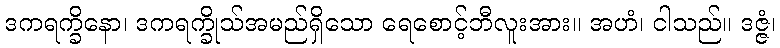
ဒကရက္ခိနော၊ ဒကရက္ခိုသ်အမည်ရှိသော ရေစောင့်ဘီလူးအား။ အဟံ၊ ငါသည်။ ဒဇ္ဇံ၊